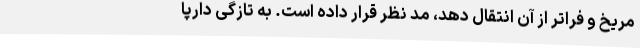
مریخ و فراتر از آن انتقال دهد، مد نظر قرار داده است. به تازگی دارپا